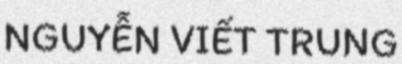
NGUYỄN VIẾT TRUNG